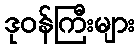
ဒုဝန်ကြီးများ